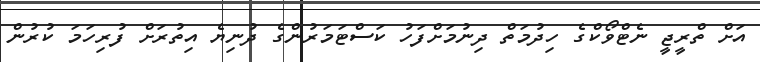
އަށް ތްރީޖީ ނެޓްވޯކްގެ ހިދުމަތް ދިނުމަށްފަހު ކަސްޓަމަރުންގެ ދުނިޔެ އިތުރަށް ފުރިހަމަ ކުރުން